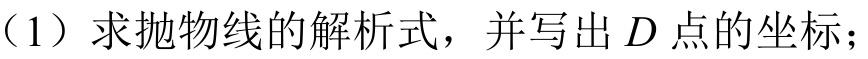
（1）求抛物线的解析式，并写出$D$点的坐标；